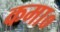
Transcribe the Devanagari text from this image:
कमा०